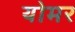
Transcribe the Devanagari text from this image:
योमर